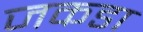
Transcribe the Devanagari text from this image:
जकडा